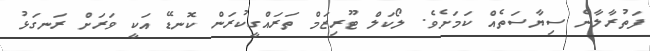
ފަތުރާލާނެ ސިޔާސަތެއް ކަމަށެވެ. ލޯކަލް ޓޫރިޒަމް ތަރައްގީކުރަން ކޮނޑޭ އަކީ ވަރަށް ރަނގަޅު